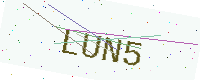
Text: LUN5